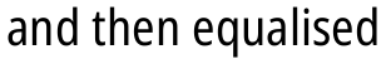
and then equalised